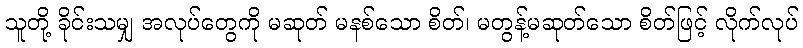
သူတို့ ခိုင်းသမျှ အလုပ်တွေကို မဆုတ် မနစ်သော စိတ်၊ မတွန့်မဆုတ်သော စိတ်ဖြင့် လိုက်လုပ်